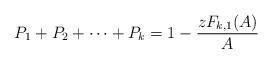
LaTeX: \begin{align*}P_1+P_2 + \cdots + P_k = 1 - \frac{z F_{k,1}(A)}{A}\end{align*}